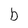
Character: b